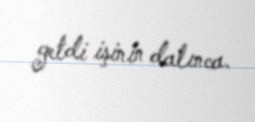
getdi işinin dalınca.